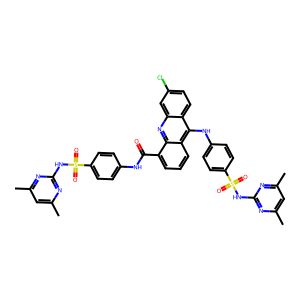
SMILES: Cc1cc(C)nc(NS(=O)(=O)c2ccc(NC(=O)c3cccc4c(Nc5ccc(S(=O)(=O)Nc6nc(C)cc(C)n6)cc5)c5ccc(Cl)cc5nc34)cc2)n1
Inhibits HIV replication: No